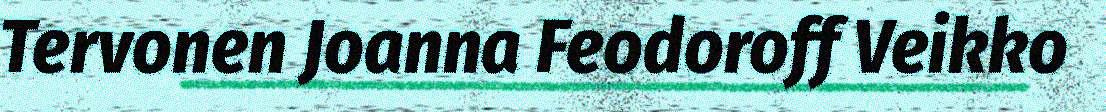
Tervonen Joanna Feodoroff Veikko